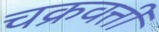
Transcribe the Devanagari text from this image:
चक्रवत्तीं